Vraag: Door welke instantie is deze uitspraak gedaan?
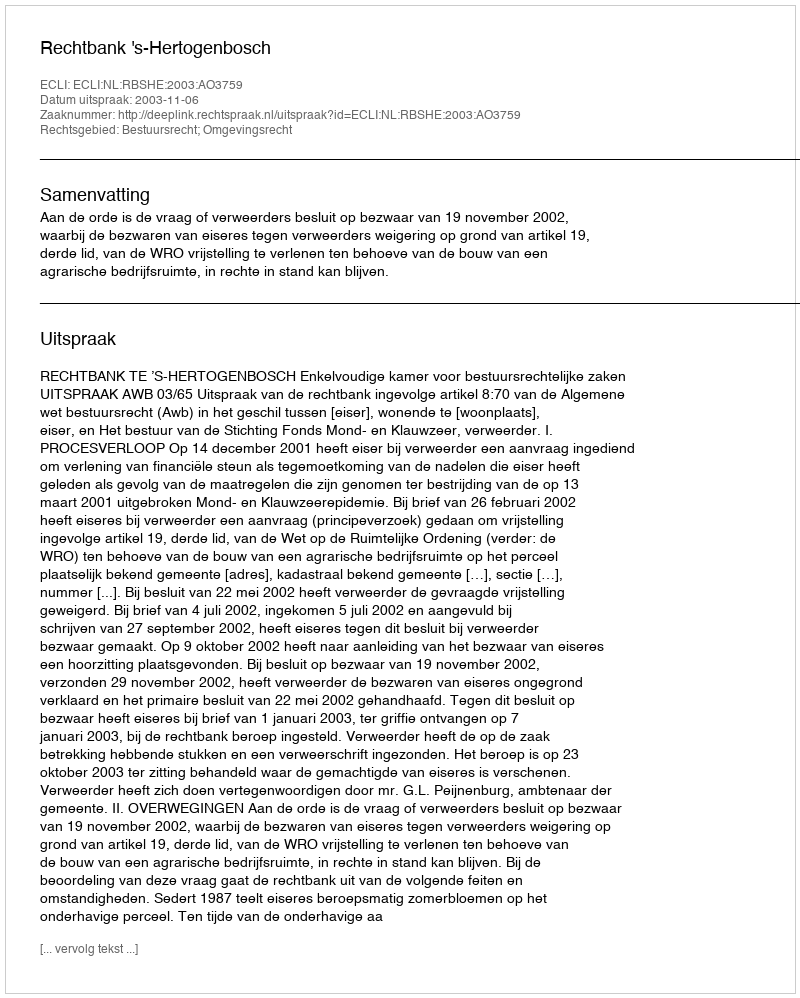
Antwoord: Rechtbank 's-Hertogenbosch